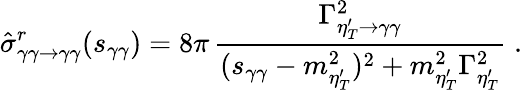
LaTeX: \hat{\sigma}_{\gamma\gamma\rightarrow\gamma\gamma}^{r}(s_{\gamma\gamma})=8\pi\, {\frac{\Gamma_{\eta_{T}^{\prime}\rightarrow\gamma\gamma}^{2}}{(s_{\gamma\gamma}-m_{\eta_{T}^{\prime}}^{2})^{2}+m_{\eta_{T}^{\prime}}^{2}\Gamma_{\eta_{T}^{\prime}}^{2}}}\; .